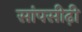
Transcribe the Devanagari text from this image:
सांपसीढ़ी